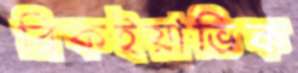
রিকইয়াভিক